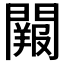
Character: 𨶔